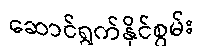
ဆောင်ရွက်နိုင်စွမ်း